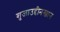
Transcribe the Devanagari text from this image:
शुजाउद्दीनखान